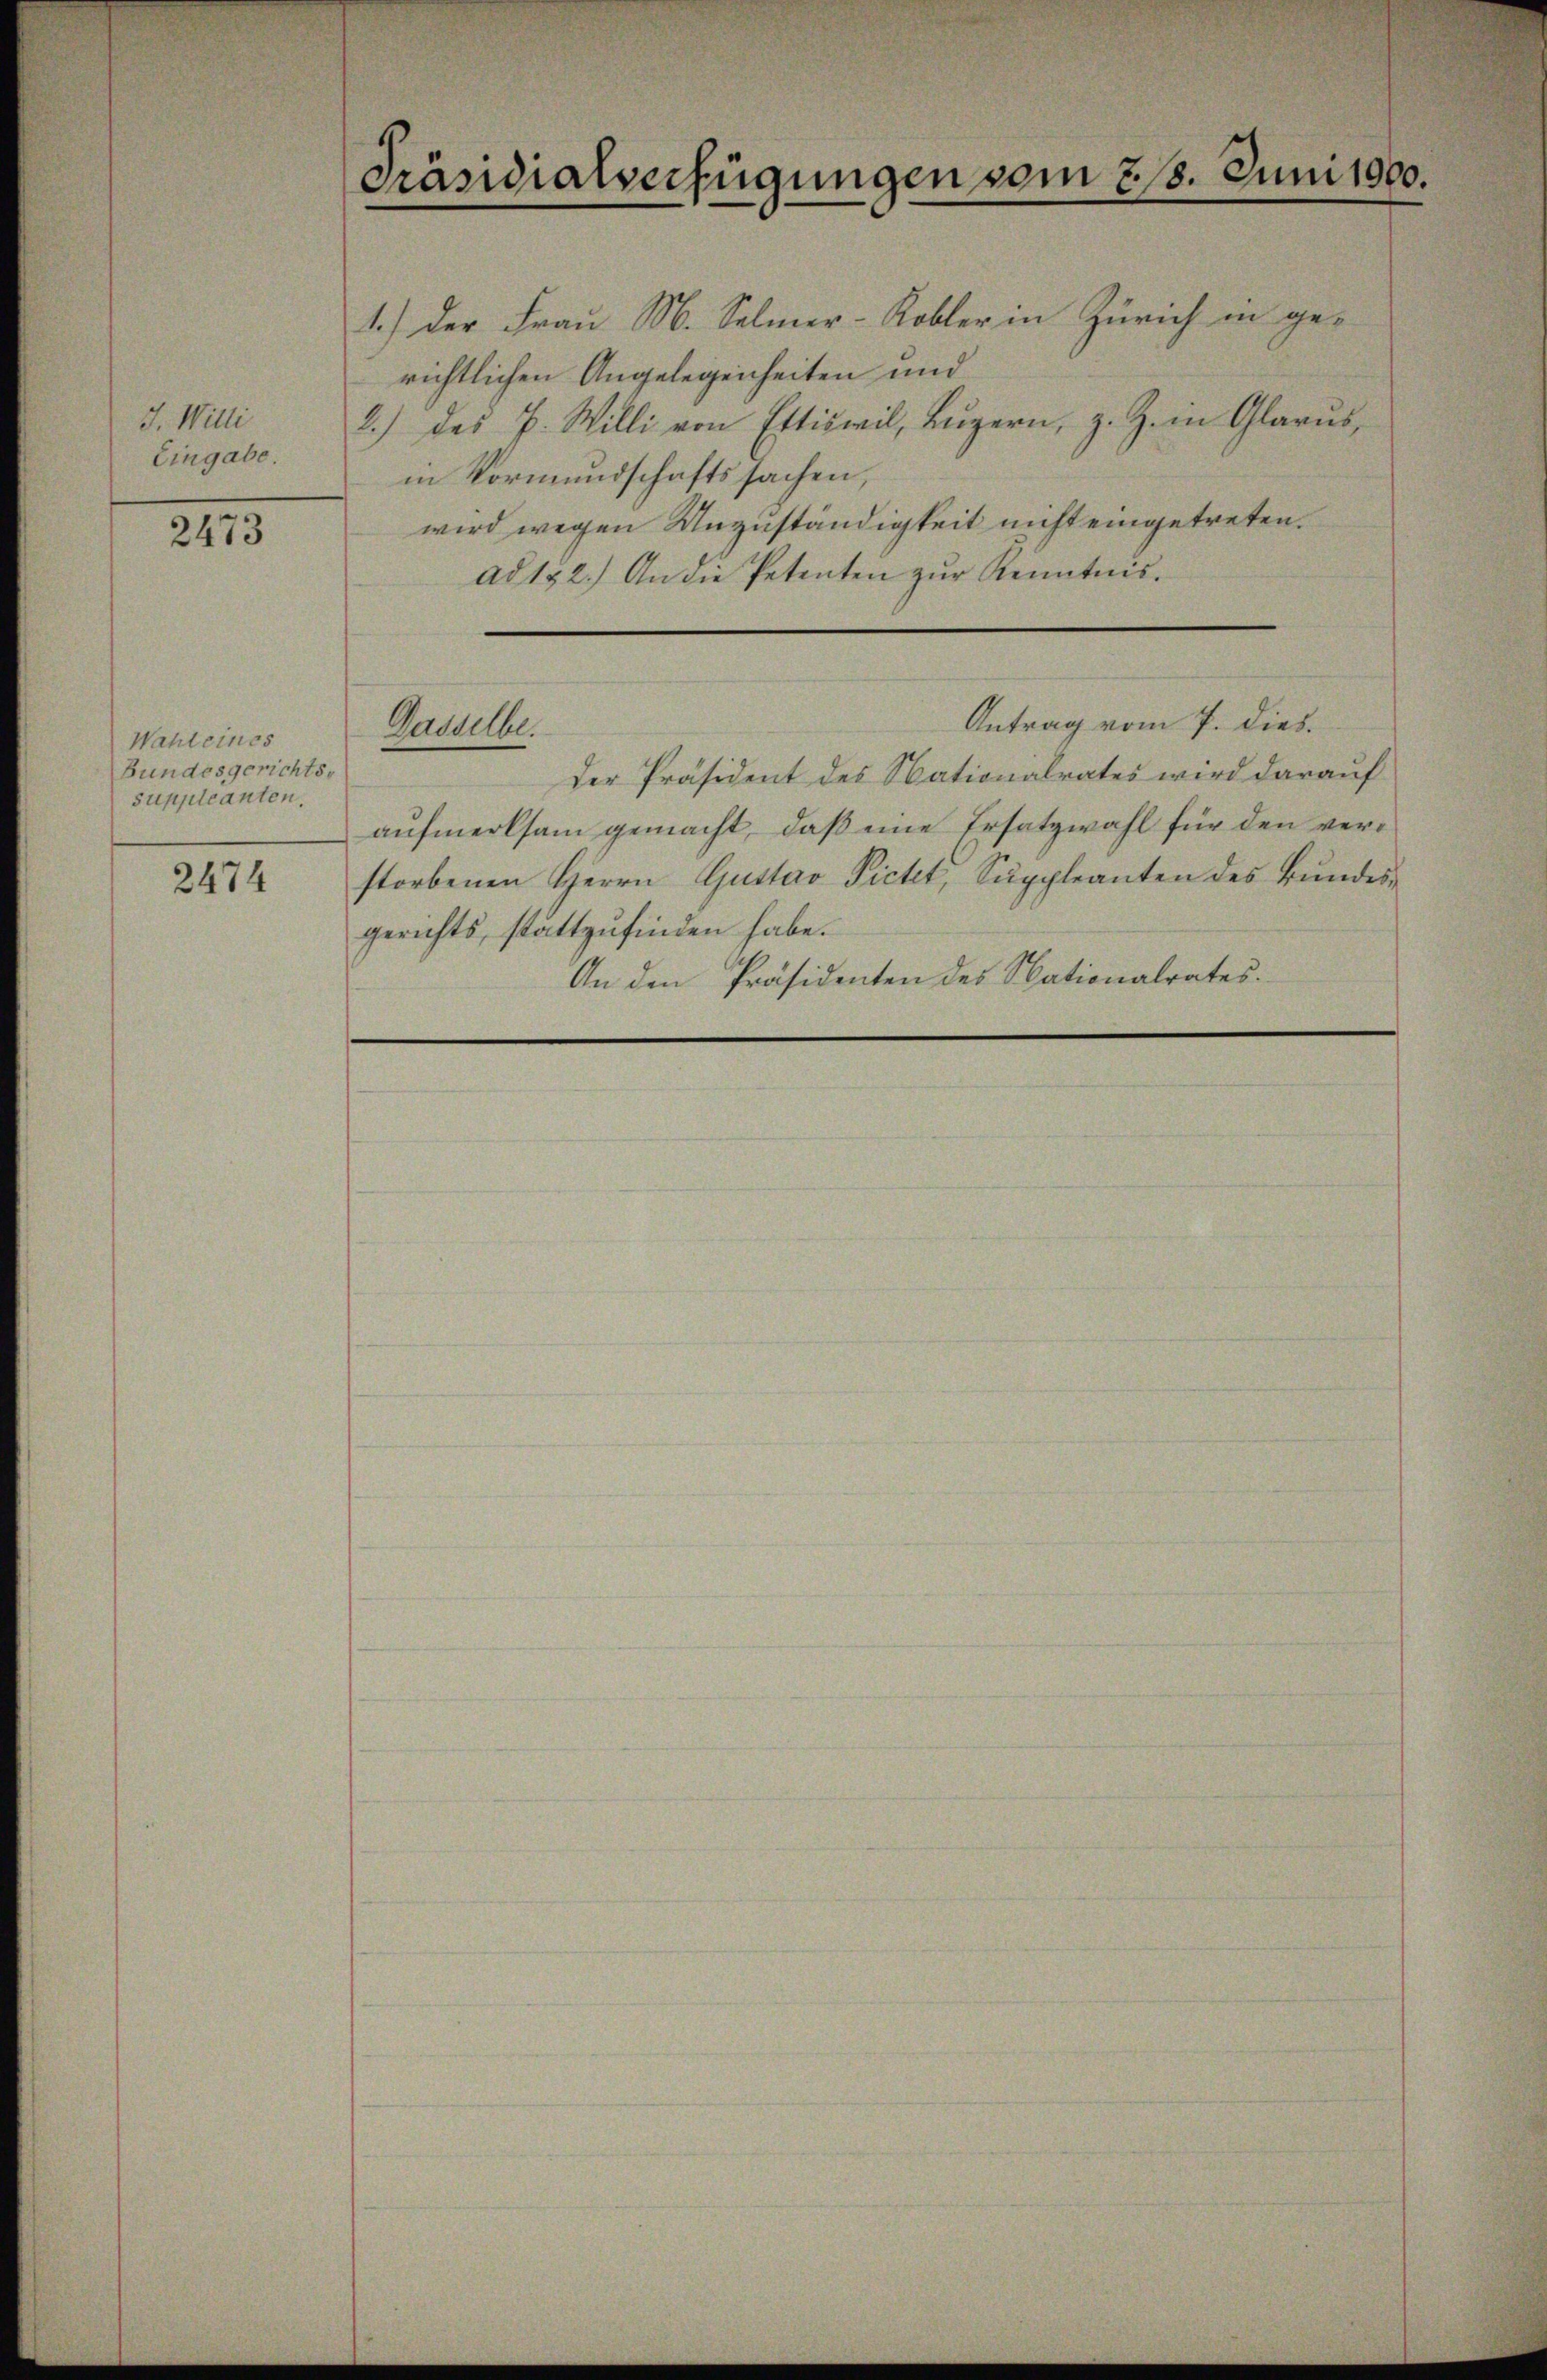
J. Willi
Eingabe.

2473

Wahl eines
Bundesgerichts-
suppleanten.

2474

Präsidialverfügungen vom 218. Juni 1900.

1.) Der Frau M. Salmer-Kobler in Zürich in ge-
richtlichen Angelegenheiten und
2.) Das P. Willi von Ettiswil, Luzern, z. Z. in Glarus,
in Vormundschaftssachen,
wird wegen Unzuständigkeit nicht eingetreten.
ad 122.) An die Petenten zŭr Kenntnis.

Der Präsident des Nationalrates wird darauf
aufmerksam gemacht, daß eine Ersatzwahl für den verstorbenen Herrn Gustav Pichet, Suppleanten des Bundesgerichts, stattzufinden habe.
An den Präsidenten des Nationalrates.

Antrag vom 7. dies
Gasselbe.